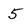
Character: 5